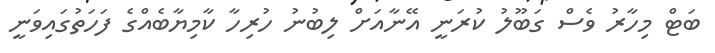
ބަޓް މިހާރު ވެސް ގަބޫލު ކުރަނީ އޭނާއަށް ލިބުނު ހުރިހާ ކާމިޔާބެއްގެ ފަހަތުގައިވަނީ